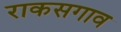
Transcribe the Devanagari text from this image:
राकसगाव